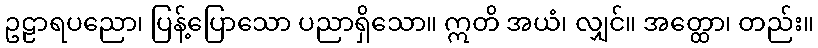
ဥဠာရပညော၊ ပြန့်ပြောသော ပညာရှိသော။ ဣတိ အယံ၊ လျှင်။ အတ္ထော၊ တည်း။